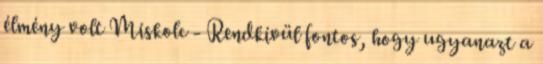
élmény volt Miskolc - Rendkívül fontos, hogy ugyanazt a